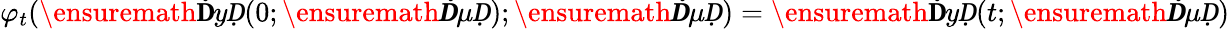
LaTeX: \varphi_{t}(\ensuremath{\mathbf ḊyḌ}(0;\ensuremath{\boldsymbol Ḋ\mu Ḍ});\ensuremath{\boldsymbol Ḋ\mu Ḍ})=\ensuremath{\mathbf ḊyḌ}(t;\ensuremath{\boldsymbol Ḋ\mu Ḍ})